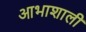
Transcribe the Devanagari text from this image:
आभाशाली